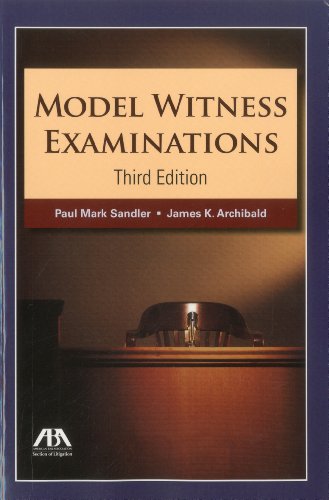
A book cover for Model Witness Examinations; Paul Mark Sandler; Law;